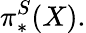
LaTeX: \pi_{*}^{S}(X).